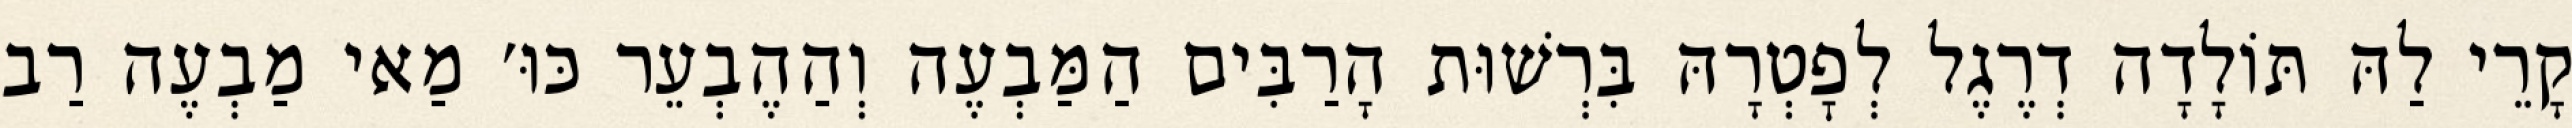
קָרֵי לַהּ תּוֹלָדָה דְרֶגֶל לְפׇטְרָהּ בִּרְשׁוּת הָרַבִּים הַמַּבְעֶה וְהַהֶבְעֵר כּוּ׳ מַאי מַבְעֶה רַב